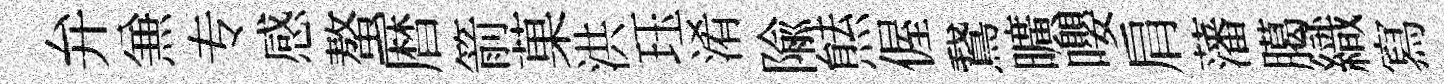
弁𠔥专感螯暦箭菓洪珏淆隃㷱偓鵞曠嚶肩藩臈織寫